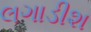
લગાડીશ